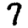
Digit: 7